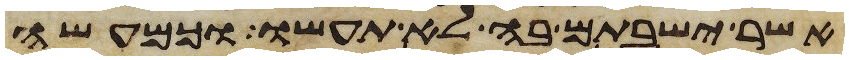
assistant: אשר ישבתם בה לא תעשו וכמעשה